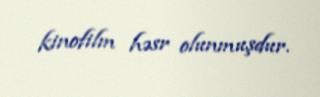
kinofilm həsr olunmuşdur.